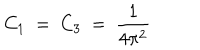
C _ { 1 } \ = \ C _ { 3 } \ = \ \frac { 1 } { 4 \pi ^ { 2 } }